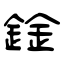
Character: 鍂